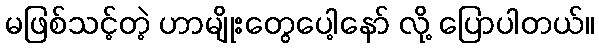
မဖြစ်သင့်တဲ့ ဟာမျိုးတွေပေါ့နော် လို့ ပြောပါတယ်။